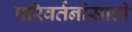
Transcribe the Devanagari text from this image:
परिवर्तनांसाठी